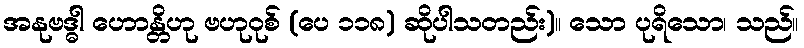
အနုဗဒ္ဓါ ဟောန္တိဟု ဗဟုဝုစ် (ပေ ၁၁၈) ဆိုပါသတည်း)။ သော ပုရိသော၊ သည်။